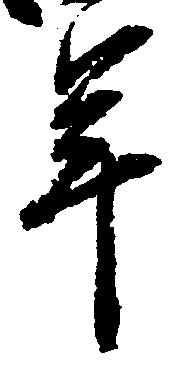
年